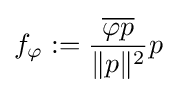
f_{\varphi }:={\frac {\overline {\varphi p}}{\|p\|^{2}}}p